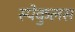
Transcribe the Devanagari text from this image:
स्पेकुलस